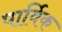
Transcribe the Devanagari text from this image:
पार्विक